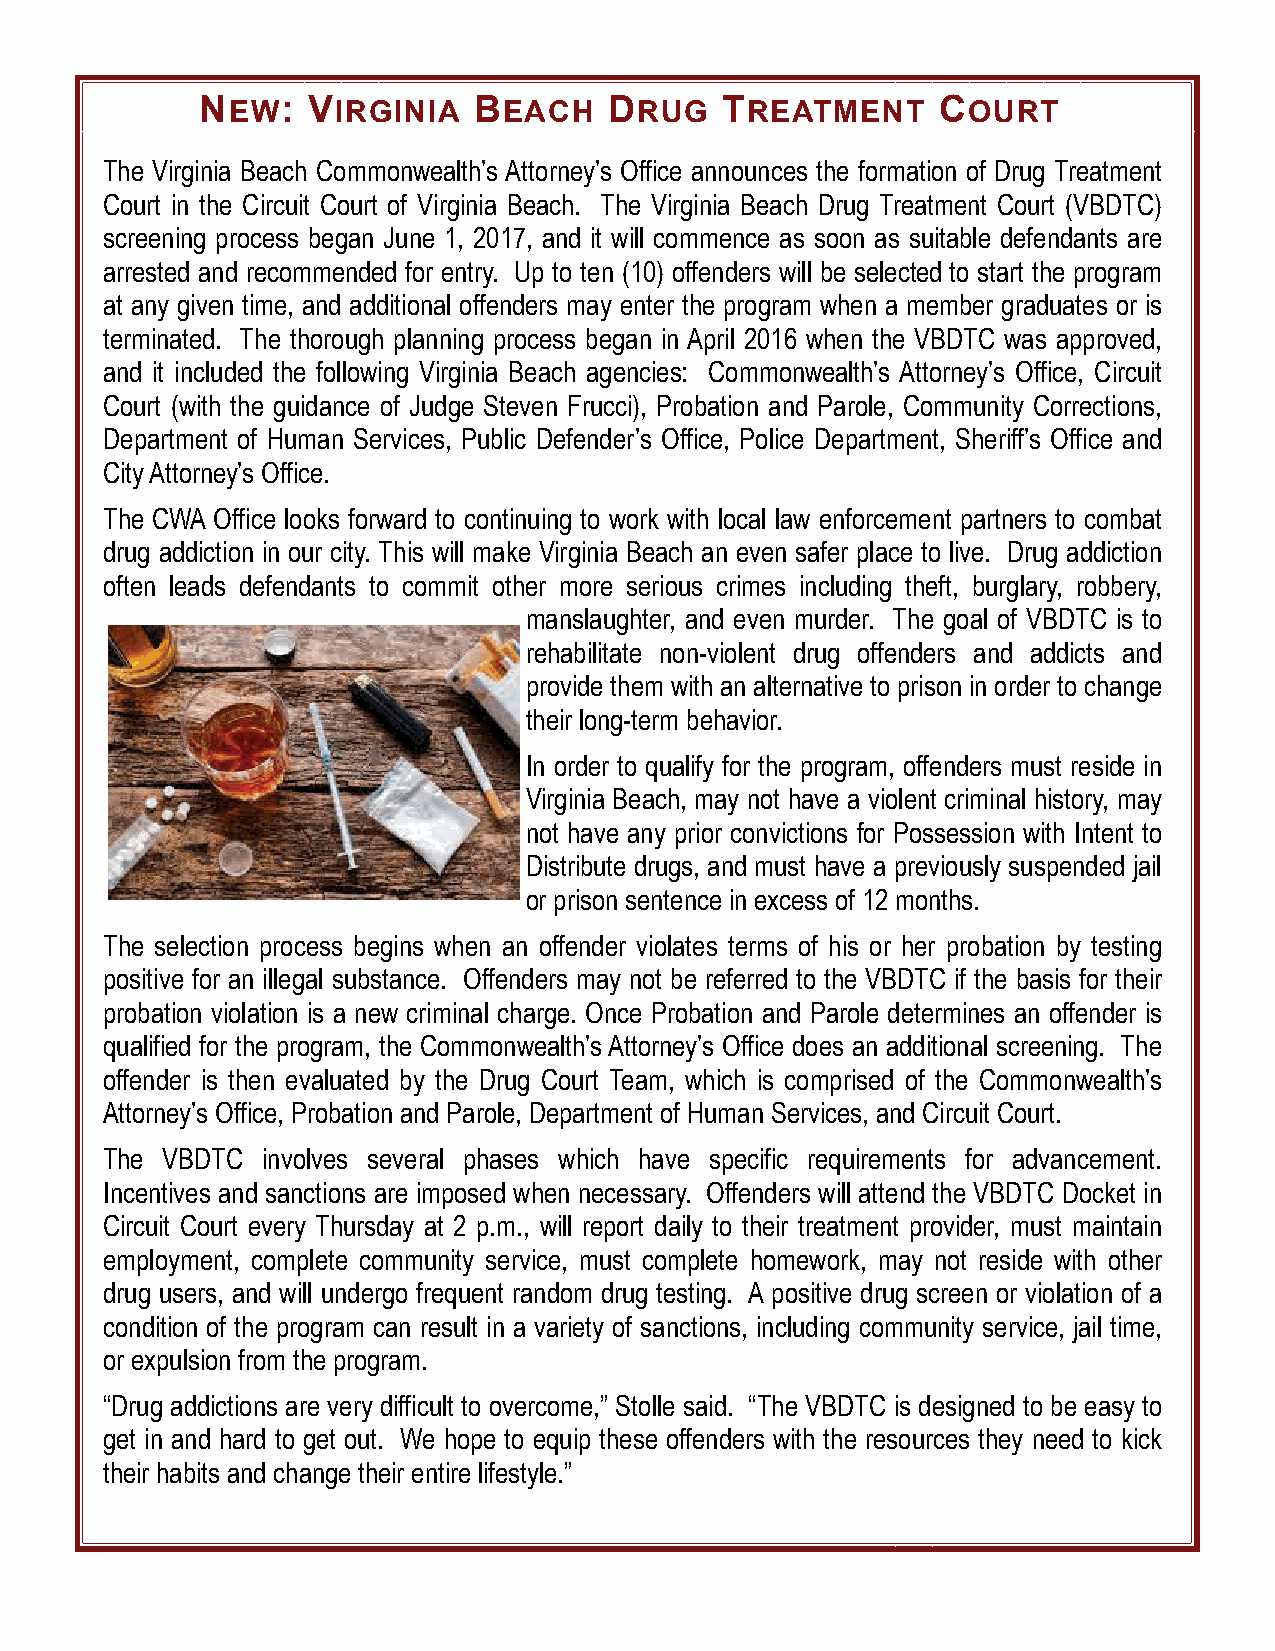
NEW:   VIRGINIA   BEACH    DRUG    TREATMENT     COURT
 The Virginia Beach Commonwealth’s Attorney’s Office announces the formation of Drug Treatment
 Court in the Circuit Court of Virginia Beach. The Virginia Beach Drug Treatment Court (VBDTC)
 screening process began June 1, 2017, and it will commence as soon as suitable defendants are
 arrested and recommended for entry. Up to ten (10) offenders will be selected to start the program
 at any given time, and additional offenders may enter the program when a member graduates or is
 terminated. The thorough planning process began in April 2016 when the VBDTC was approved,
 and it included the following Virginia Beach agencies: Commonwealth’s Attorney’s Office, Circuit
 Court (with the guidance of Judge Steven Frucci), Probation and Parole, Community Corrections,
 Department of Human Services, Public Defender’s Office, Police Department, Sheriff’s Office and
 City Attorney’s Office.
 The CWA Office looks forward to continuing to work with local law enforcement partners to combat
 drug addiction in our city. This will make Virginia Beach an even safer place to live. Drug addiction
 often leads defendants to commit other more serious crimes including theft, burglary, robbery,
 manslaughter, and even murder. The goal of VBDTC is to
 rehabilitate non-violent drug offenders and addicts and
 provide them with an alternative to prison in order to change
 their long-term behavior.
 In order to qualify for the program, offenders must reside in
 Virginia Beach, may not have a violent criminal history, may
 not have any prior convictions for Possession with Intent to
 Distribute drugs, and must have a previously suspended jail
 or prison sentence in excess of 12 months.
 The selection process begins when an offender violates terms of his or her probation by testing
 positive for an illegal substance. Offenders may not be referred to the VBDTC if the basis for their
 probation violation is a new criminal charge. Once Probation and Parole determines an offender is
 qualified for the program, the Commonwealth’s Attorney’s Office does an additional screening. The
 offender is then evaluated by the Drug Court Team, which is comprised of the Commonwealth’s
 Attorney’s Office, Probation and Parole, Department of Human Services, and Circuit Court.
 The VBDTC involves several phases which have specific requirements for advancement.
 Incentives and sanctions are imposed when necessary. Offenders will attend the VBDTC Docket in
 Circuit Court every Thursday at 2 p.m., will report daily to their treatment provider, must maintain
 employment, complete community service, must complete homework, may not reside with other
 drug users, and will undergo frequent random drug testing. A positive drug screen or violation of a
 condition of the program can result in a variety of sanctions, including community service, jail time,
 or expulsion from the program.
 “Drug addictions are very difficult to overcome,” Stolle said. “The VBDTC is designed to be easy to
 get in and hard to get out. We hope to equip these offenders with the resources they need to kick
 their habits and change their entire lifestyle.”